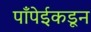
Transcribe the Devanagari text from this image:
पाँपेईकडून